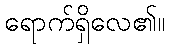
ရောက်ရှိလေ၏။